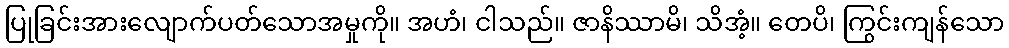
ပြုခြင်းအားလျောက်ပတ်သောအမှုကို။ အဟံ၊ ငါသည်။ ဇာနိဿာမိ၊ သိအံ့။ တေပိ၊ ကြွင်းကျန်သော